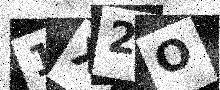
Text: 1X2O